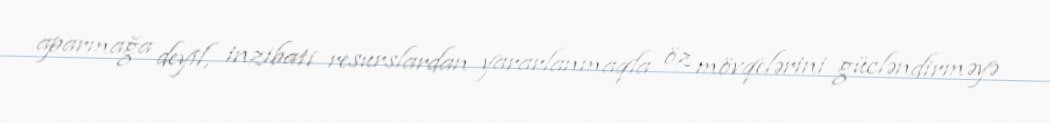
aparmağa deyil, inzibati resurslardan yararlanmaqla öz mövqelərini gücləndirməyə